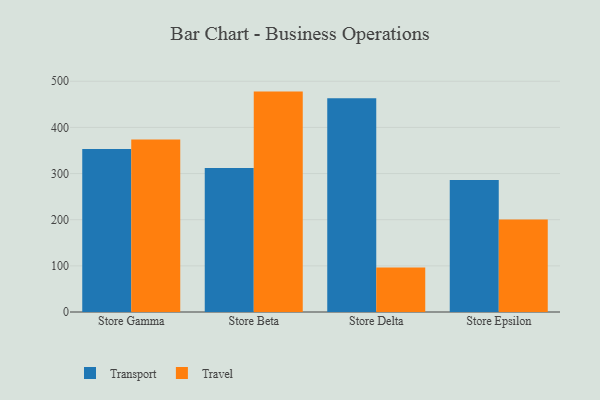
{"axis": {"x": "Store", "y": "Energy Usage (MWh)"}, "legend": ["Transport", "Travel"], "data": [{"x": "Store Gamma", "y": 353.3, "type": "Transport"}, {"x": "Store Gamma", "y": 374.0, "type": "Travel"}, {"x": "Store Beta", "y": 312.1, "type": "Transport"}, {"x": "Store Beta", "y": 477.6, "type": "Travel"}, {"x": "Store Delta", "y": 463.2, "type": "Transport"}, {"x": "Store Delta", "y": 96.5, "type": "Travel"}, {"x": "Store Epsilon", "y": 285.8, "type": "Transport"}, {"x": "Store Epsilon", "y": 200.6, "type": "Travel"}]}